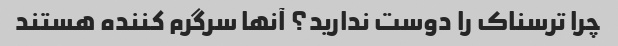
چرا ترسناک را دوست ندارید؟ آنها سرگرم کننده هستند